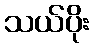
သယ်ပိုး